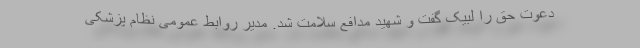
دعوت حق را لبیک گفت و شهید مدافع سلامت شد. مدیر روابط عمومی نظام پزشکی